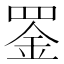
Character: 𫅇